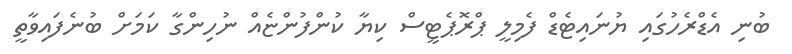
ބުނި އެޑްރެހުގައި ޔުނައިޓެޑް ފެމިލީ ޕްރޮޕެޓީސް ކިޔާ ކުންފުންޏެއް ނުހިންގާ ކަމަށް ބުނެފައިވާތީ